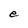
Character: e